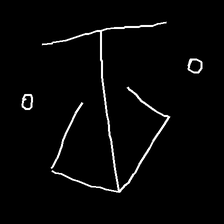
Glyph: earth